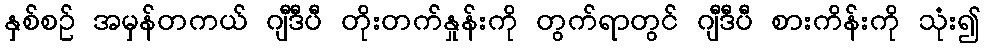
နှစ်စဉ် အမှန်တကယ် ဂျီဒီပီ တိုးတက်နှုန်းကို တွက်ရာတွင် ဂျီဒီပီ စားကိန်းကို သုံး၍